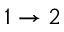
1 \rightarrow 2